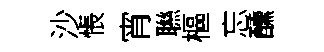
沙悵宵聮樞忘醺